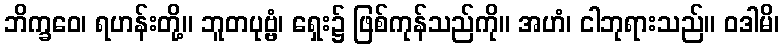
ဘိက္ခဝေ၊ ရဟန်းတို့။ ဘူတပုဗ္ဗံ၊ ရှေး၌ ဖြစ်ကုန်သည်ကို။ အဟံ၊ ငါဘုရားသည်။ ဝဒါမိ၊